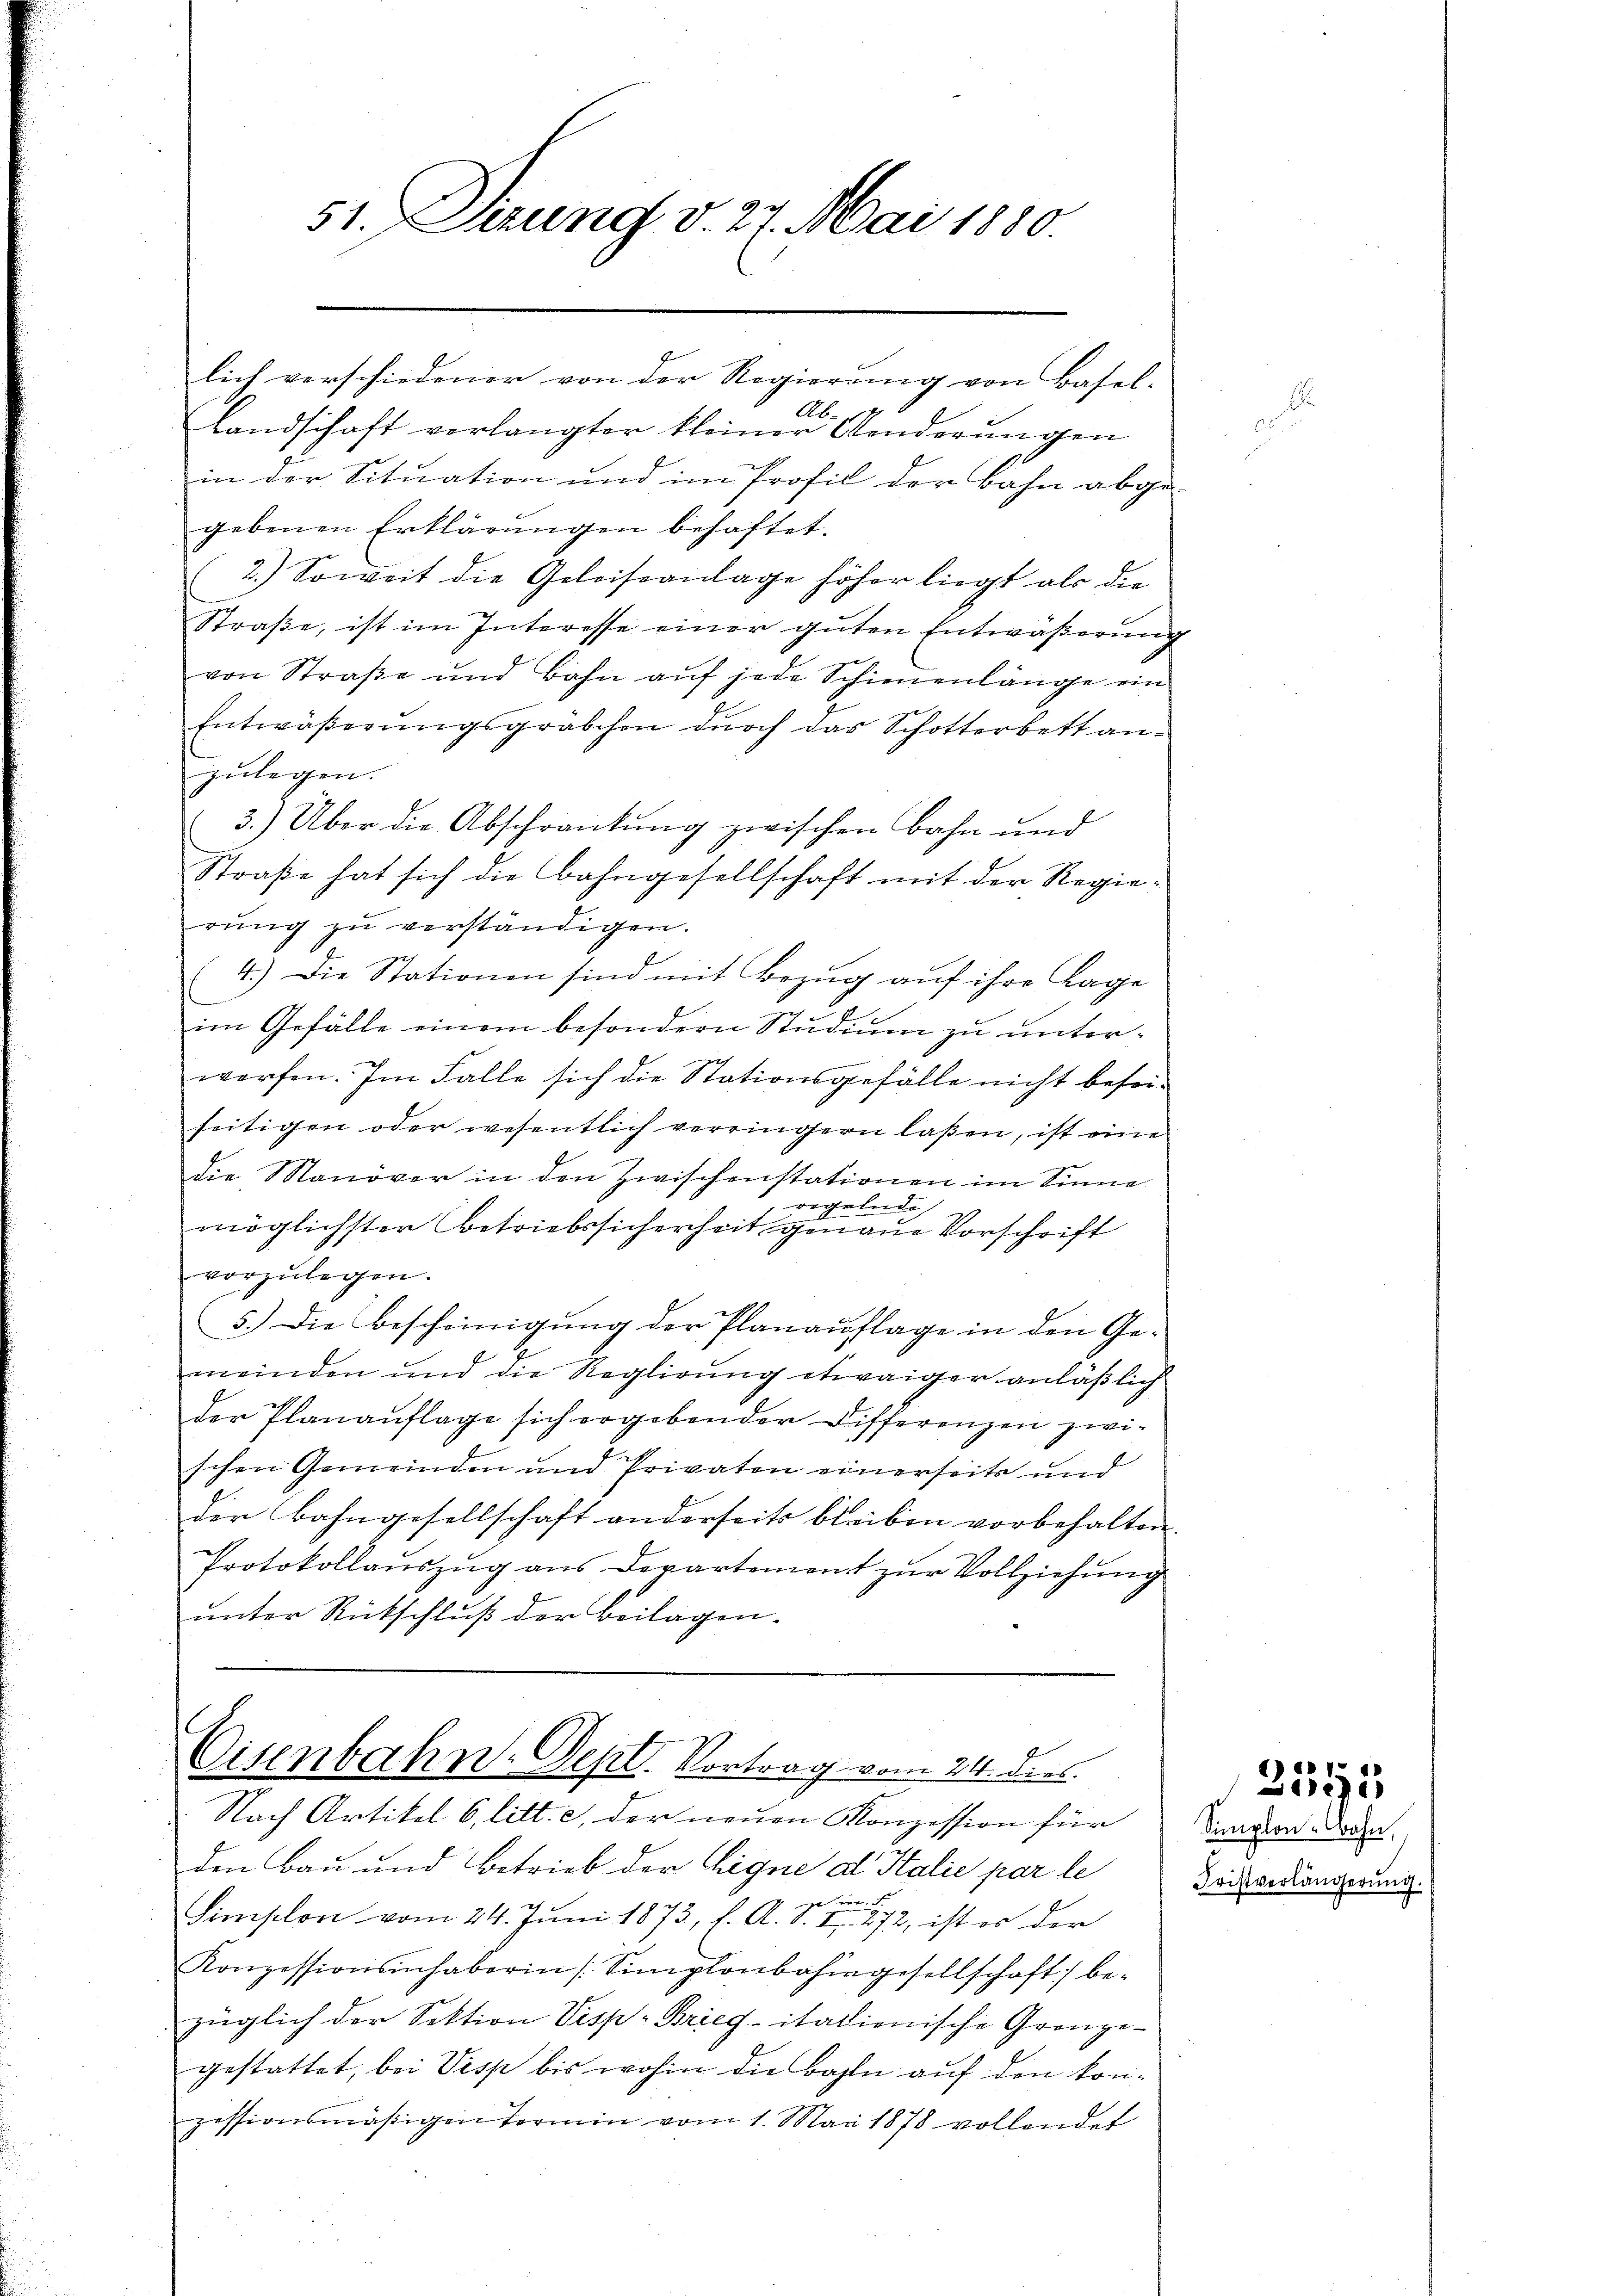
51. Dizung v. 27. Mai 1880

lich verschiedener von der Regierung von Basel-
g
Ab
Landschaft verlangter kleiner Aenderungen
in der Situation und im Profil der Bahn abgegebenen Erklärungen behaftet.
2.) Soweit die Geleiseanlage höher liegt als die
Straβe, ist im Interesse einer gŭten Entwäβerŭng
von Straße und Bahn auf jede Schienenlänge ein
Entwäßerungsgräbchen durch das Schotterbett anzulegen.
3.) Über die Abschränkung zwischen Bahn und
Straße hat sich die Bahngesellschaft mit der Regierung zu verständigen.
(4.) Die Stationen sind mit Bezug auf ihre Lage
im Gefälle einem besondern Studium zu unterworfen. Im Falle sich die Stationsgefälle nicht beseiseitigen oder wesentlich verringern laßen, ist eine
die Manöver in den Zwischenstationen im Sinne
regelnde
möglichster Betriebssicherheit genaue Vorschrift
vorzŭlegen.
5.) Die Bescheinigung der Planauflage in den Gemeinden und die Reglirung etwaiger anläßlich
der Planaŭflage sich ergebender Differenzen zwischen Gemeinden und Privaten einerseits und
der Bahngesellschaft anderseits bleiben vorbehalten.
Protokollaŭszŭg ans Departement zŭr Vollziehung
unter Rückschluß der Beilagen.

Eisenbahn-Dept. Vortrag vom 24. dies
Nach Artikel 6, litt. c, der neuen Konzession für

den Bau und Betrieb der Aigne al Stalie par le
e
Simplon vom 24. Juni 1873, E. A. S. I 272, ist es der
Konzessionsinhaberin (Simplonbahngesellschaft be-
züglich der Sektion Visp-Brieg italienische Grengegestattet, bei Visp bis wohin die Bahln auf den konpessionsmäßigen Termin vom 1. Mai 1878 vollendet

Simplon-Bahn,
Fristverlängerung.

u
25yr